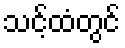
သင့်ထံတွင်